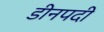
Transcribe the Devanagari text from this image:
डीनपदी